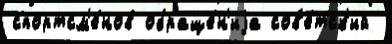
спортсм'е́нов обраще́н'иjа сов'е́тск'ий